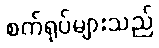
စက်ရုပ်များသည်